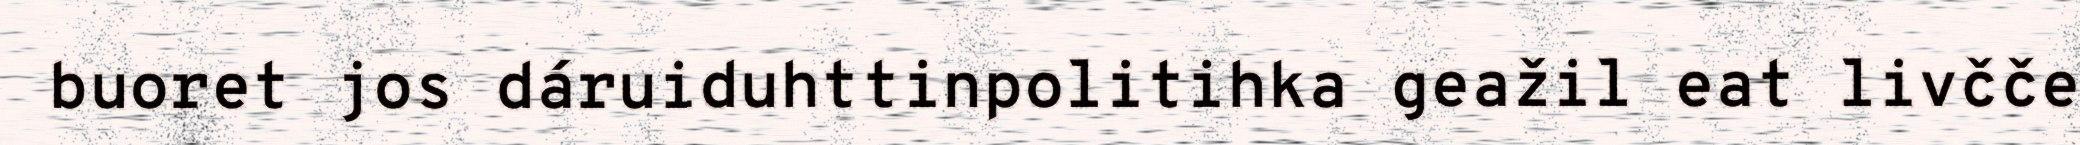
buoret jos dáruiduhttinpolitihka geažil eat livčče